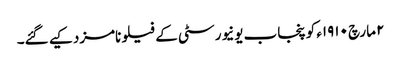
٢ مارچ ١٩١٠ء کو پنجاب یونیورسٹی کے فیلو نامزد کیے گئے۔